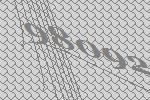
98092